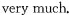
very much.